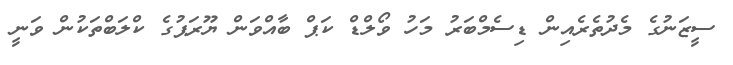
ސީޒަނުގެ މެދުތެރެއިން ޑިސެމްބަރު މަހު ވޯލްޑް ކަޕް ބާއްވަން ޔޫރަޕުގެ ކްލަބްތަކުން ވަނީ